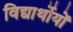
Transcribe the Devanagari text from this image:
विद्यार्थोयों